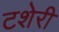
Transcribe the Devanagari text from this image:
टशेरी